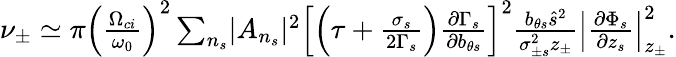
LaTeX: \begin{array}{r}{\nu_{\pm}\simeq\pi\left(\frac{\Omega_{ci}}{\omega_{0}}\right)^{2}\sum_{n_{s}}\lvert A_{n_{s}}\rvert^{2}\left[\left(\tau+\frac{\sigma_{s}}{2\Gamma_{s}}\right)\frac{\partial\Gamma_{s}}{\partial b_{\theta s}}\right]^{2}\frac{b_{\theta s}\hat{s}^{2}}{\sigma_{\pm s}^{2}z_{\pm}}\left\lvert\frac{\partial\Phi_{s}}{\partial z_{s}}\right\rvert_{z_{\pm}}^{2}.}\end{array}